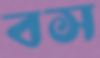
বস